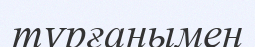
тұрғанымен